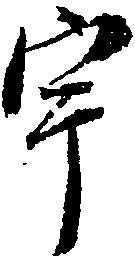
宇